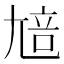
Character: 𡯳